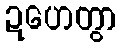
ဍဟေတွာ